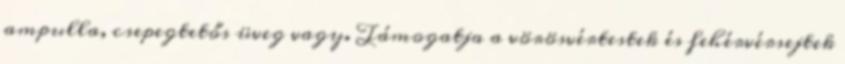
ampulla, csepegtetős üveg vagy. Támogatja a vörösvértestek és fehérvérsejtek